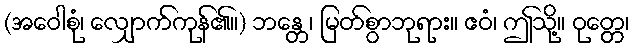
(အဝေါစုံ၊ လျှောက်ကုန်၏။) ဘန္တေ၊ မြတ်စွာဘုရား။ ဧဝံ၊ ဤသို့။ ဝုတ္တေ၊